Annual report of the Madras Medical College
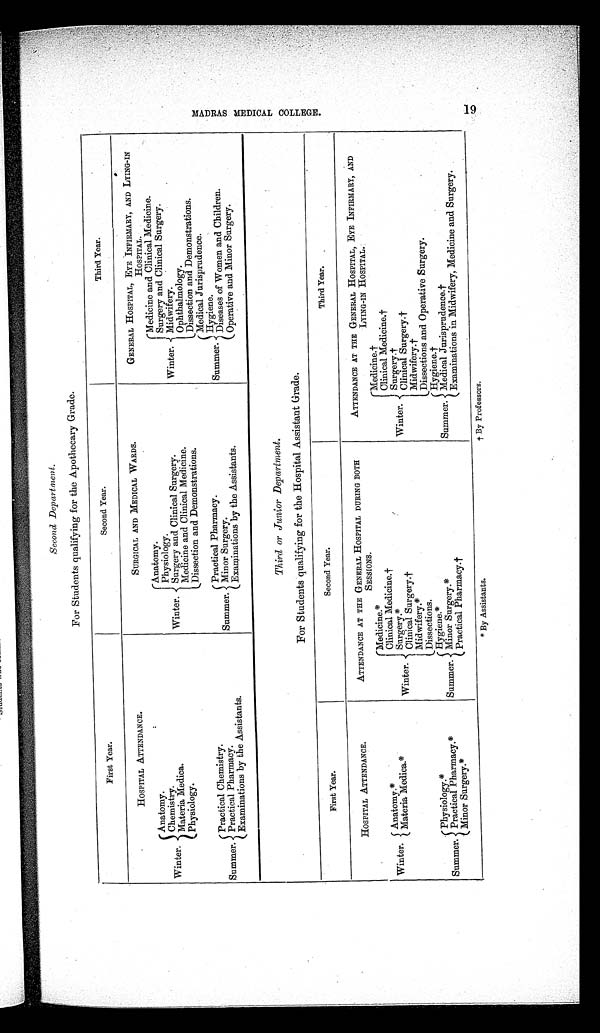
Second Depart ment.
For Students qualifying for the Apothecary Grade.
First Year.
Second Year.
Third Year.
HOSPITAL ATTENDANCE.
SURGICAL AND MEDICAL WARDS.
GENERAL HOSPITAL, EYE INFIRMARY, AND LYING-IN
HOSPITAL.
Winter.
Anatomy.
Chemistry.
Materia Medics.
Physiology.
Winter.
Anatomy.
Physiology.
Surgery and Clinical Surgery.
Medicine and Clinical Medicine.
Dissection and Demonstrations.
Winter.
Medicine and Clinical Medicine.
Surgery and Clinical Surgery.
Midwifery.
Ophthalmology.
Dissection and Demonstrations.
Summer.
Practical Chemistry.
Practical Pharmacy.
Examinations by the Assistants.
Summer.
Practical Pharmacy.
Minor Surgery.
Examinations by the Assistants.
Summer.
Medical
Diseases of Women and Children.
Operative and Minor Surgery.
Third or Junior _Department.
For Students qualifying for the Hospital Assistant Grade.
First Year.
Second Year.
Third Year.
HOSPITAL ATTENDANCE.
ATTENDANCE AT THE GENERAL HOSPITAL DURING BOTH
SESSIONS.
ATTENDANCE AT THE GENERAL HOSPITAL, EYE INFIRMARY, AND
LYING-IN HOSPITAL.
Winter. Anatomy.*
Materia Medica.*
Winter.
Medicine.*
Clinical Medicine.
†
Surgery.*
Clinical Surgery.
†
Midwifery.*
Dissections.
Winter.
Medicine.
†
Clinical Medicine.
†
S u r g e r y
Clinical Surgery. Surgery. †
Midwifery.
†
Dissections and Operative Surgery.
Summer.
Physiology.*
Practical Pharmacy.*
Minor Surgery.*
Summer.
Hygiene.*
Minor Surgery.
Practical Pharmacy.†
Summer.
Hygiene.†
Medical Jurisprudence.†
Ex a mi n a t i o n s i n Mi d wi f e r y , Me d i c i n e a n d Su r g e r y .
* B y A s s i s t a n t s .
† B y P r o f e s s o r s .